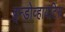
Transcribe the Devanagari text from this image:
इन्डोव्हायटिस